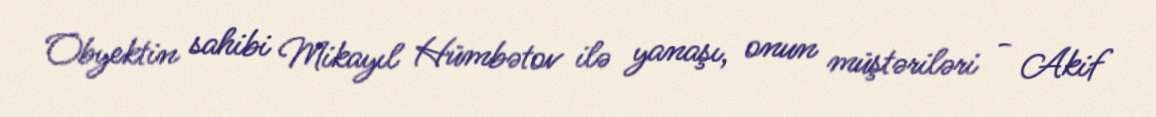
Obyektin sahibi Mikayıl Hümbətov ilə yanaşı, onun müştəriləri - Akif